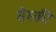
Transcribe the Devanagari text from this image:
मेस्की